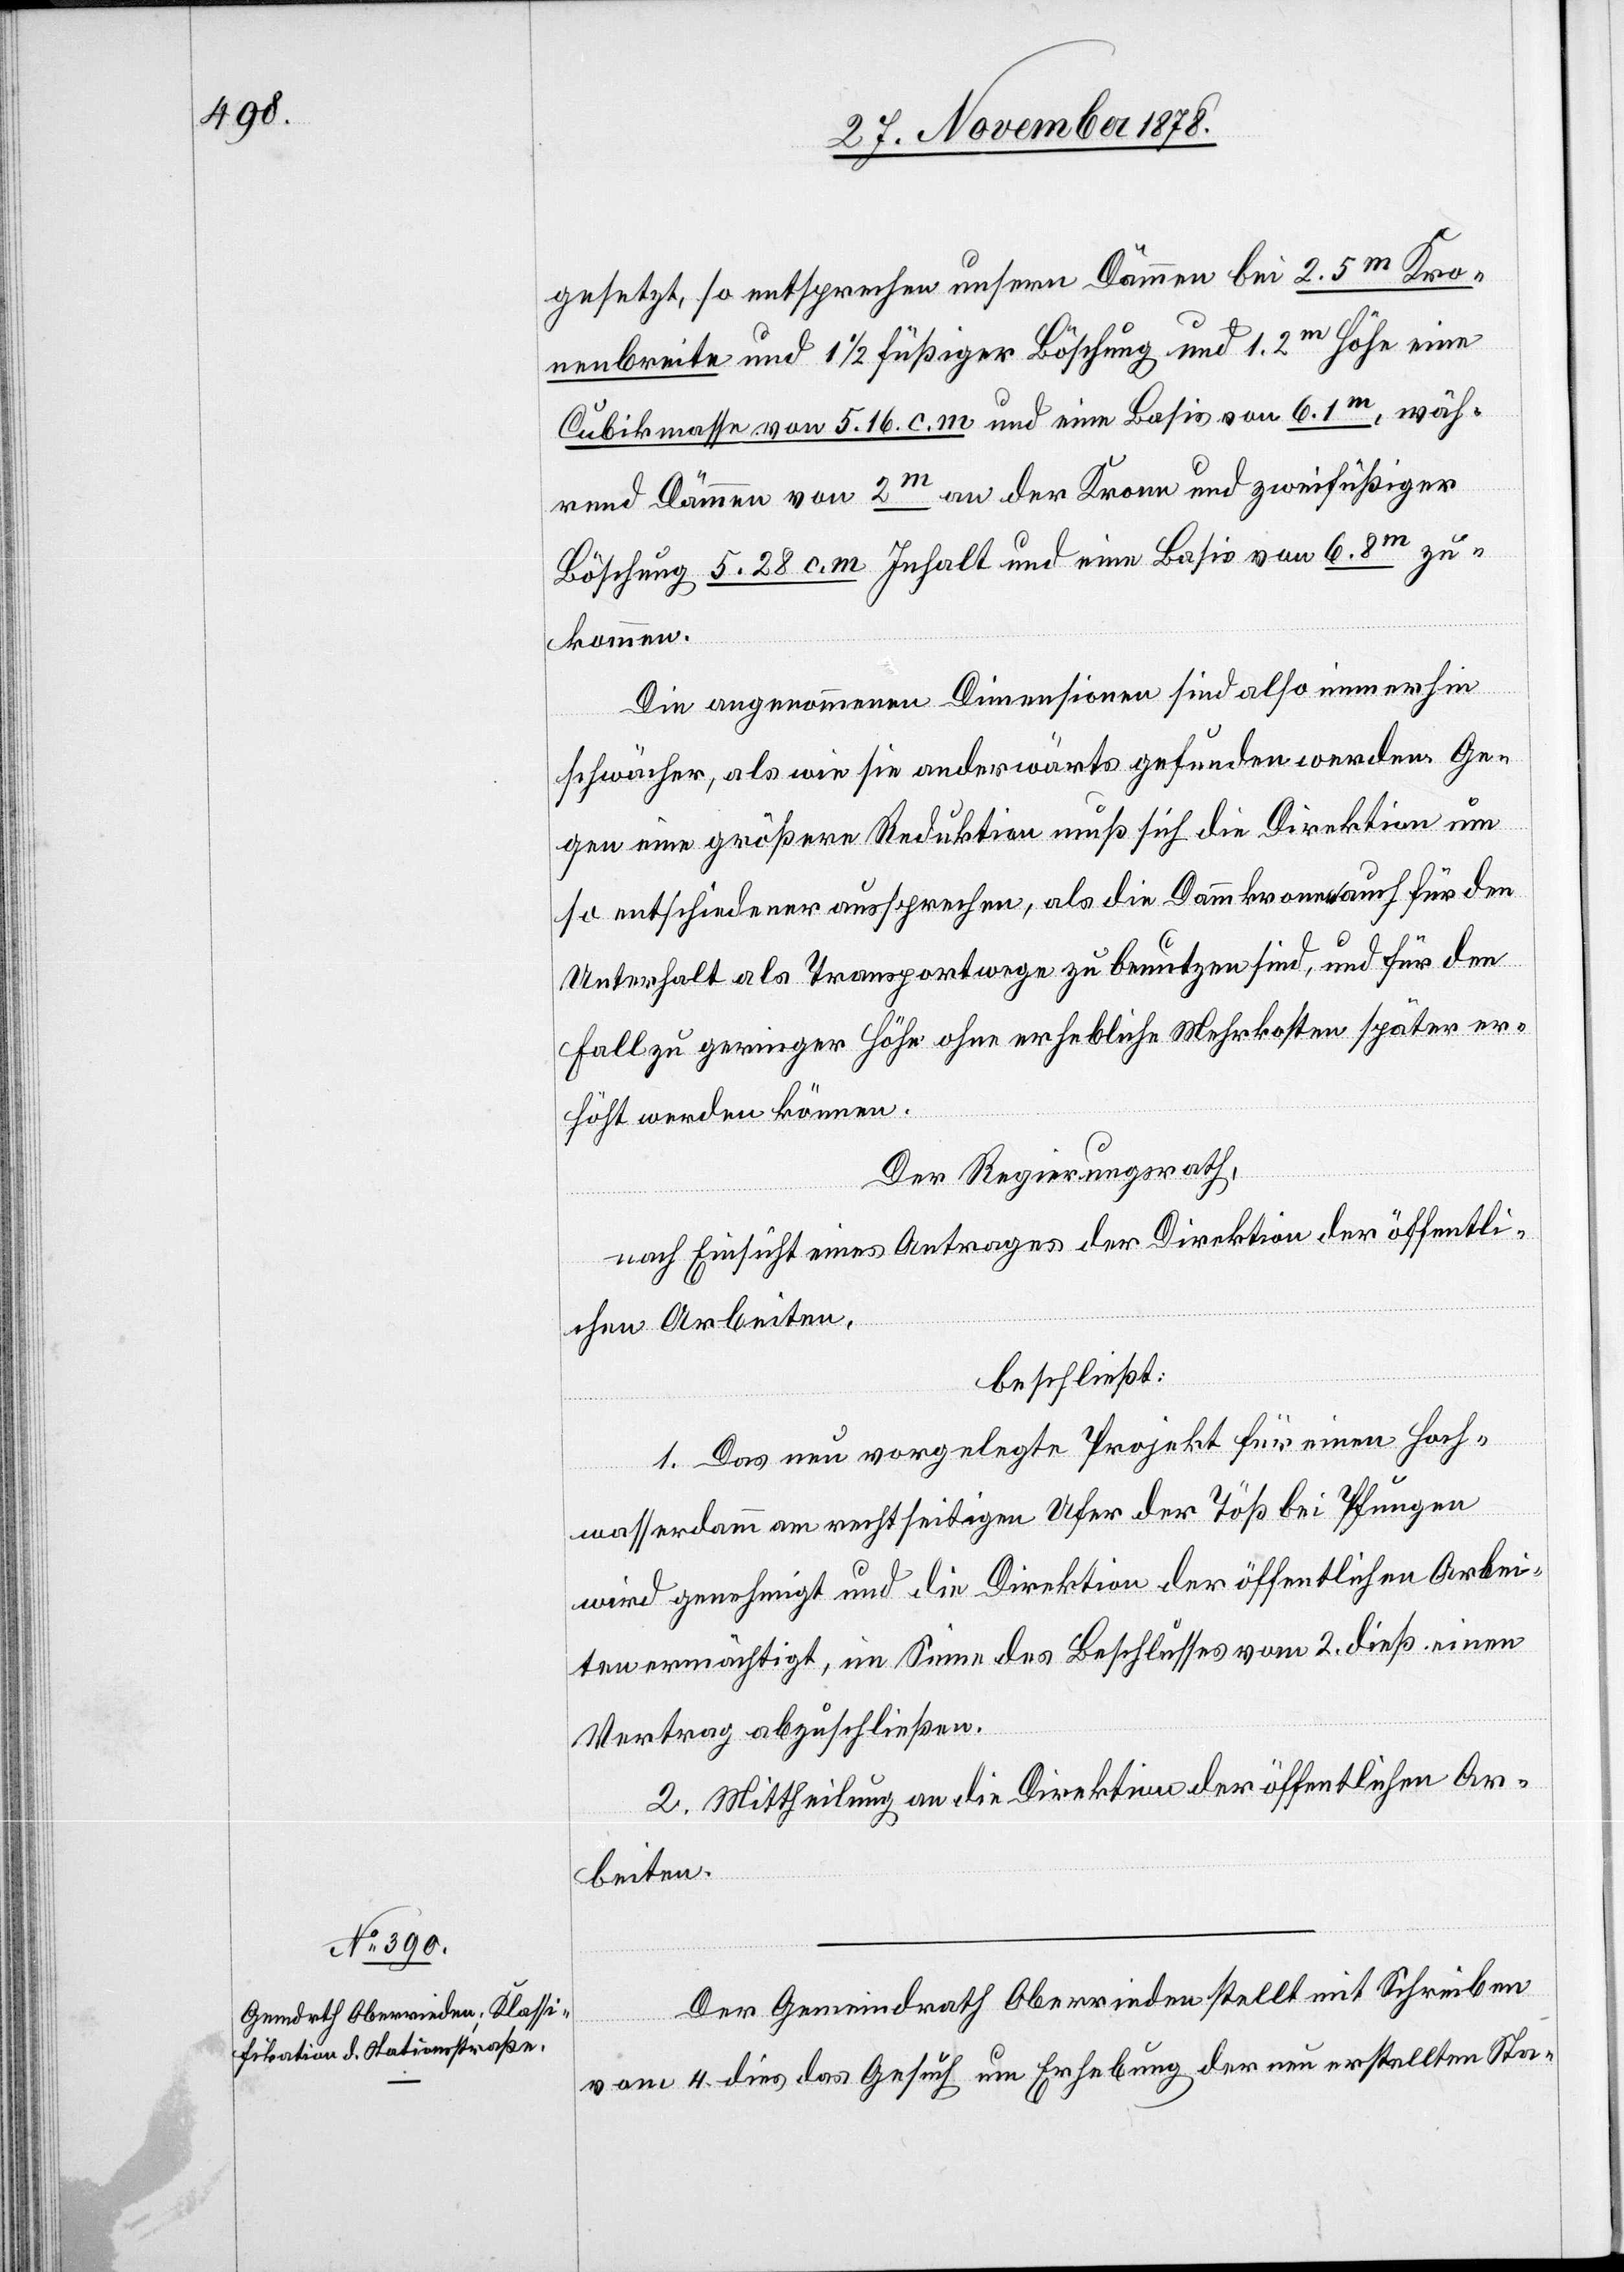
gesetzt, so entsprechen unsern Dämmen bei 2.5m Kro¬
nenbreite und 1 1/2 füßiger Böschung und 1.2m Höhe eine
Cubikmasse von 5.16 cm und eine Basis von 6.1m, wäh¬
rend Dämmen von 2m an der Krone und zweifüßiger
Böschung 5.28 c. m. Inhalt und eine Basis von 6.8m zu¬
kommen.
Die angenommenen Dimensionen sind also immerhin
schwächer, als wie sie anderwärts gefunden worden. Ge¬
gen eine größere Reduktion muß sich die Direktion um
so entschiedener aussprechen, als die Dammkrone auch für den
Unterhalt als Transportwege zu benutzen sind, und für den
Fall zu geringer Höhe ohne erhebliche Mehrkosten später er¬
höht werden können.
Der Regierungsrath,
nach Einsicht eines Antrages der Direktion der öffentli¬
chen Arbeiten,
beschließt:
1. Das neu vorgelegte Projekt für einen Hoch¬
wasserdamm am rechtseitigen Ufer der Töß bei Pfungen
wird genehmigt und die Direktion der öffentlichen Arbei¬
ten ermächtigt, im Sinne des Beschlusses vom 2. dies einen
Vertrag abzuschließen.
2. Mittheilung an die Direktion der öffentlichen Ar¬
beiten.
Der Gemeindrath Oberrieden stellt mit Schreiben
vom 4. dies das Gesuch um Erhebung der neu erstellten Sta-